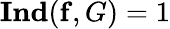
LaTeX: \mathbf{Ind}(\mathbf{f},G)=1